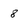
Character: 8